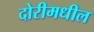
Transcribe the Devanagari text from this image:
दोरीमधील